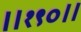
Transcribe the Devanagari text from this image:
॥१९०॥